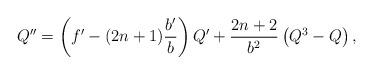
LaTeX: \begin{align*}Q'' = \left( f' - (2n+1) \frac{b'}{b}\right) Q' + \frac{2n+2}{b^2}\left(Q^3- Q \right),\end{align*}